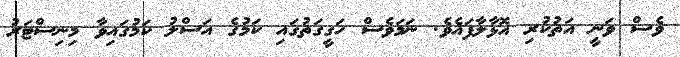
ވެސް ވަނީ އަތުކުރި އޮޅާލާފައެވެ. ނަމަވެސް ހަގީގަތުގައި ކަމުގެ އަސްލު ކަމުގައިވާ މިނިސްޓަރު